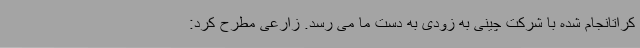
کراتانجام شده با شرکت چینی به زودی به دست ما می رسد. زارعی مطرح کرد: